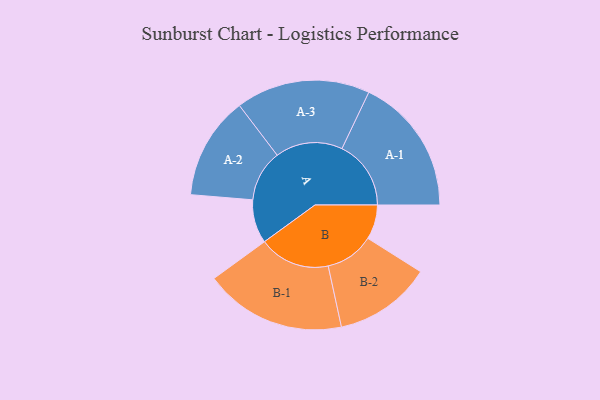
{"axis": {"x": "Segment", "y": "Value"}, "legend": ["", "A", "B"], "data": [{"x": "A", "y": 163, "type": ""}, {"x": "B", "y": 129, "type": ""}, {"x": "A-1", "y": 258, "type": "A"}, {"x": "A-2", "y": 192, "type": "A"}, {"x": "A-3", "y": 251, "type": "A"}, {"x": "B-1", "y": 265, "type": "B"}, {"x": "B-2", "y": 182, "type": "B"}]}